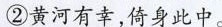
②黄河有幸，倚身此中。